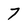
Character: 7